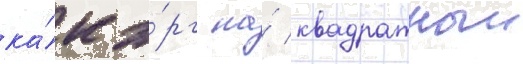
ка́к э́рг на́ квадратныи